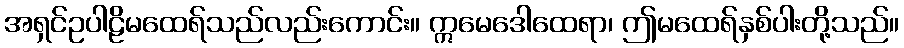
အရှင်ဥပါဠိမထေရ်သည်လည်းကောင်း။ ဣမေဒေါထေရာ၊ ဤမထေရ်နှစ်ပါးတို့သည်။